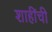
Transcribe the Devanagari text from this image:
शाहींची